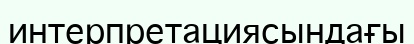
интерпретациясындағы